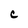
Character: C